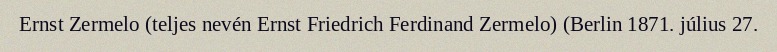
Ernst Zermelo (teljes nevén Ernst Friedrich Ferdinand Zermelo) (Berlin 1871. július 27.